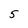
Character: 5